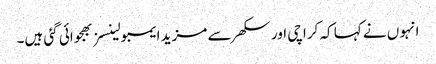
انہو ں نے کہا کہ کراچی اور سکھر سے مزید ایمبولینسز بھجوائی گئی ہیں۔